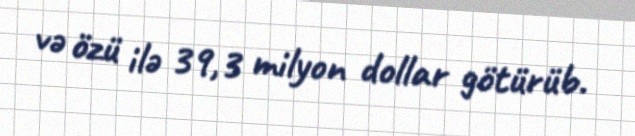
və özü ilə 39,3 milyon dollar götürüb.